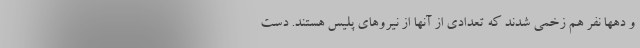
و دهها نفر هم زخمی شدند که تعدادی از آنها از نیروهای پلیس هستند. دست